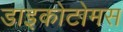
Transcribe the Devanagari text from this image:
डाइकोटोमस